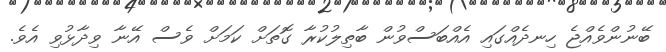
ބޭނުންވެއްޖެ ހިނދެއްގައި އެއްބަސްވުން ބާތިލުކުރާ ގޮތަށް ކަމަށް ވެސް އޭނާ ވިދާޅުވި އެވެ.